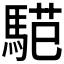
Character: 𱄟